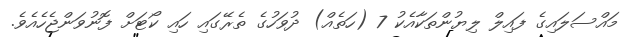
މައްސަލައިގެ ފައިލް ލިޔުންތަކާއެކު 7 (ހަތެއް) ދުވަހުގެ ތެރޭގައި ހައި ކޯޓަށް ފޮނުވަންޖެހެއެވެ.